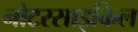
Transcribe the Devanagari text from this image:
नोटरसाइकिल